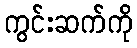
ကွင်းဆက်ကို